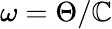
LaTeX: \omega=\Theta/\mathbb{C}